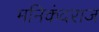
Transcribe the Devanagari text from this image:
मनिकंदराज